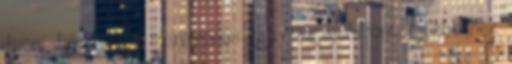
dijoni dió front - színazonos vagy az ajtófrontok lehetnek